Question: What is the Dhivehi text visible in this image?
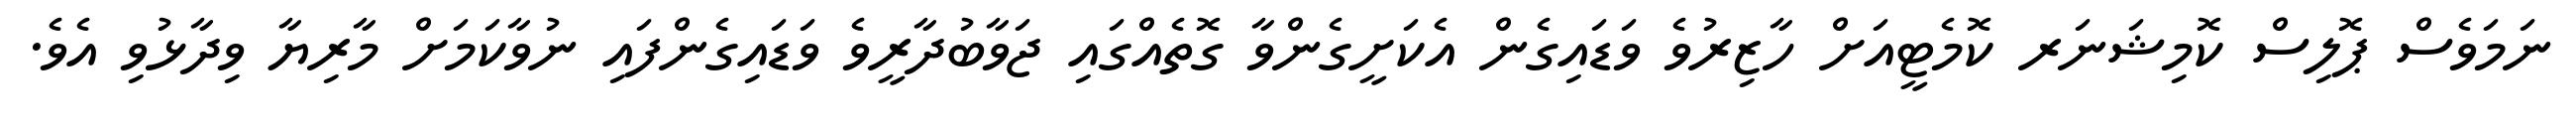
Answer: ނަމަވެސް ޕޮލިސް ކޮމިޝަނަރ ކޮމެޓީއަށް ހާޒިރުވެ ވަޑައިގެން އެކަށީގެންވާ ގޮތެއްގައި ޖަވާބުދާރީވެ ވަޑައިގެންފައި ނުވާކަމަށް މާރިޔާ ވިދާޅުވި އެވެ.